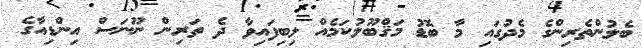
ބެލުންތެރިންގެ މެދުގައި މާ ބޮޑު މަޤްބޫލުކަމެއް ލިބިފައިވާ ދެ ތަރިން ނޫނަސް އިންޑިއާގެ